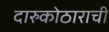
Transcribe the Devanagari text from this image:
दारुकोठाराची